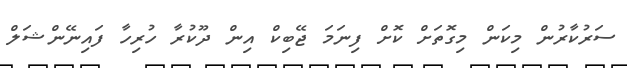
ސަރުކާރުން މިކަން މިގޮތަށް ކޮށް ފިނަމަ ޖޭބިކް އިން ދޫކުރާ ހުރިހާ ފައިނޭންޝަލް